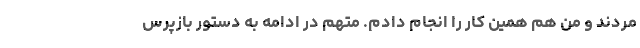
‌مردند و من هم همین کار را انجام دادم. متهم در ادامه به دستور بازپرس